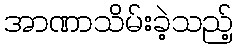
အာဏာသိမ်းခဲ့သည့်